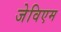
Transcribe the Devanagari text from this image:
जेविएम